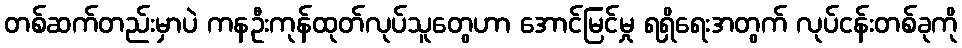
တစ်ဆက်တည်းမှာပဲ ကနဦးကုန်ထုတ်လုပ်သူတွေဟာ အောင်မြင်မှု ရရှိရေးအတွက် လုပ်ငန်းတစ်ခုကို